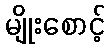
မျိုးစောင့်